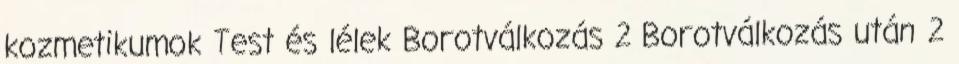
kozmetikumok Test és lélek Borotválkozás 2 Borotválkozás után 2